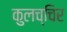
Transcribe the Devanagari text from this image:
कुलच्चिर